Report of the Indian Hemp Drugs Commission, 1894-1895 - Volume I
Year: 1894
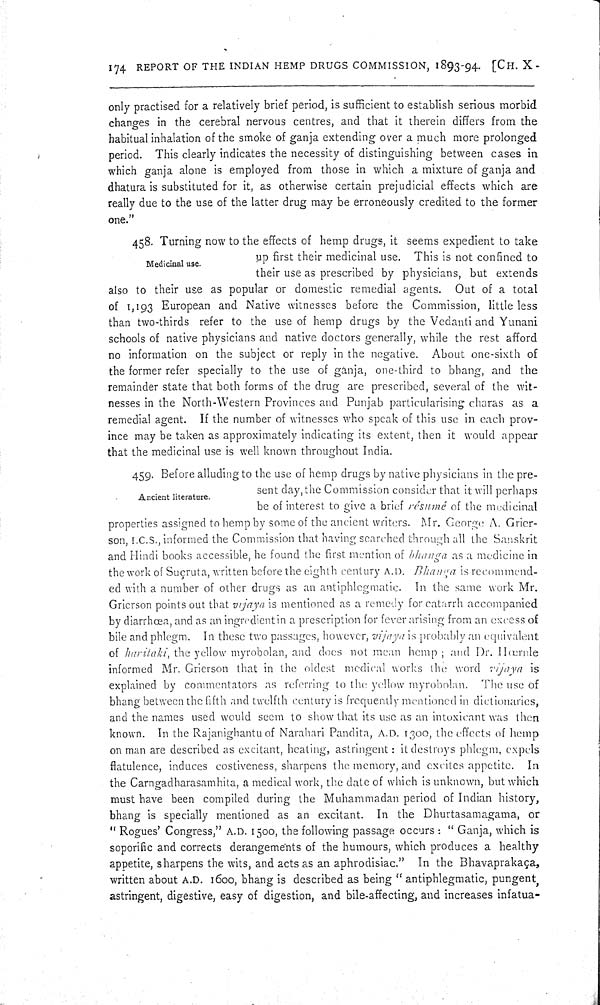
174 REPORT OF THE INDIAN HEMP DRUGS COMMISSION, 1893-94. [CH. X-
only practised for a relatively brief period, is sufficient to establish serious morbid
changes in the cerebral nervous centres, and that it therein differs from the
habitual inhalation of the smoke of ganja extending over a much more prolonged
period. This clearly indicates the necessity of distinguishing between cases in
which ganja alone is employed from those in which a mixture of ganja and
dhatura is substituted for it, as otherwise certain prejudicial effects which are
really due to the use of the latter drug may be erroneously credited to the former
one."
Medicinal use.
458. Turning now to the effects of hemp drugs, it seems expedient to take
up first their medicinal use. This is not confined to
their use as prescribed by physicians, but extends
also to their use as popular or domestic remedial agents. Out of a total
of 1,193 European and Native witnesses before the Commission, little less
than two-thirds refer to the use of hemp drugs by the Vedanti and Yunani
schools of native physicians and native doctors generally, while the rest afford
no information on the subject or reply in the negative. About one-sixth of
the former refer specially to the use of ganja, one-third to bhang, and the
remainder state that both forms of the drug are prescribed, several of the wit-
nesses in the North-Western Provinces and Punjab particularising charas as a
remedial agent. If the number of witnesses who speak of this use in each prov-
ince may be taken as approximately indicating its extent, then it would appear
that the medicinal use is well known throughout India.
Ancient literature.
459. Before alluding to the use of hemp drugs by native physicians in the pre-
sent day, the Commission consider that it will perhaps
be of interest to give a brief résumé of the medicinal
properties assigned to hemp by some of the ancient writers. Mr. George A. Gricr-
son, I.C.S., informed the Commission that having searched through all the Sanskrit
and Hindi books accessible, he found the first mention of bhanga as a medicine in
the work of Suçruta, written before the eighth century A.D. Bhanga is recommend-
ed with a number of other drugs as an antiphlegmatic. In the same work Mr.
Grierson points out that vijaya is mentioned as a remedy for catarrh accompanied
by diarrhœa, and as an ingredient in a prescription for fever arising from an excess of
bile and phlegm. In these two passages, however, vijaya is probably an equivalent
of haritaki, the yellow myrobolan, and does not mean hemp; and Dr. Hœrnle
informed Mr. Grierson that in the oldest medical works the word vijaya is
explained by commentators as referring to the yellow myrobnlan. The use of
bhang between the fifth and twelfth century is frequently mentioned in dictionaries,
and the names used would seem to show that its use as an intoxicant was then
known. In the Rajanighantu of Narahari Pandita, A.D. 1300, the effects of hemp
on man are described as excitant, heating, astringent: it destroys phlegm, expels
flatulence, induces costiveness, sharpens the memory, and excites appetite. In
the Carngadharasamhita, a medical work, the date of which is unknown, but which
must have been compiled during the Muhammadan period of Indian history,
bhang is specially mentioned as an excitant. In the Dhurtasamagama, or
"Rogues' Congress," A.D. 1500, the following passage occurs: "Ganja, which is
soporific and corrects derangements of the humours, which produces a healthy
appetite, sharpens the wits, and acts as an aphrodisiac." In the Bhavaprakaça,
written about A.D. 1600, bhang is described as being "antiphlegmatic, pungent,
astringent, digestive, easy of digestion, and bile-affecting, and increases infatua-